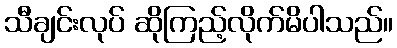
သီချင်းလုပ် ဆိုကြည့်လိုက်မိပါသည်။